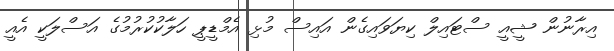
އިރާނުން ޝީއީ ސްޓައިލް ކިޔަވައިގެން އައިސް މުޅި އެމްޑީޕީ ހަލާކުކުރުމުގެ އަސްލަކީ އެއީ